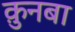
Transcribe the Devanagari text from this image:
क़ुनबा